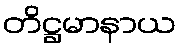
တိဋ္ဌမာနာယ